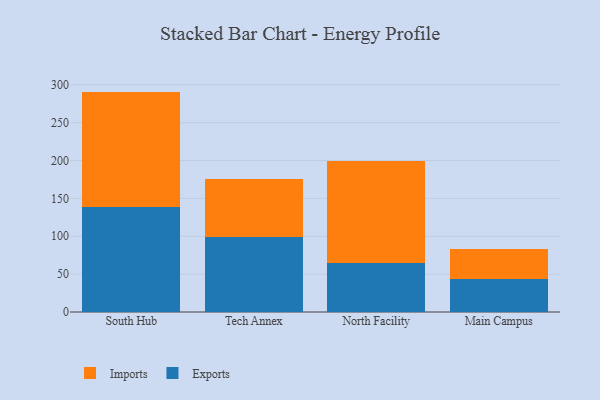
{"axis": {"x": "Campus", "y": "Page Views"}, "legend": ["Exports", "Imports"], "data": [{"x": "South Hub", "y": 138.9, "type": "Exports"}, {"x": "South Hub", "y": 152.1, "type": "Imports"}, {"x": "Tech Annex", "y": 98.5, "type": "Exports"}, {"x": "Tech Annex", "y": 77.4, "type": "Imports"}, {"x": "North Facility", "y": 64.5, "type": "Exports"}, {"x": "North Facility", "y": 134.4, "type": "Imports"}, {"x": "Main Campus", "y": 43.2, "type": "Exports"}, {"x": "Main Campus", "y": 39.7, "type": "Imports"}]}